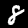
Label: 8